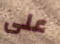
على